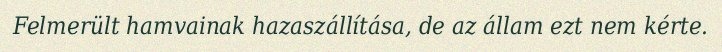
Felmerült hamvainak hazaszállítása, de az állam ezt nem kérte.